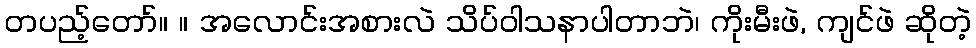
တပည့်တော်။ ။ အလောင်းအစားလဲ သိပ်ဝါသနာပါတာဘဲ၊ ကိုးမီးဖဲ, ကျင်ဖဲ ဆိုတဲ့